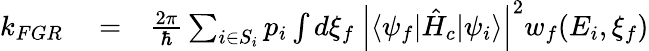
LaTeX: \begin{array}{rlr}{k_{FGR}}&{{}=}&{\frac{2\pi}{\hbar}\sum_{i\in S_{i}}p_{i}\int d\xi_{f}\ \left|\langle\psi_{f}|\hat{H}_{c}|\psi_{i}\rangle\right|^{2}w_{f}(E_{i},\xi_{f})}\end{array}